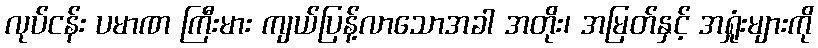
လုပ်ငန်း ပမာဏ ကြီးမား ကျယ်ပြန့်လာသောအခါ အတိုး၊ အမြတ်နှင့် အရှုံးများကို